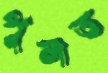
পুলত